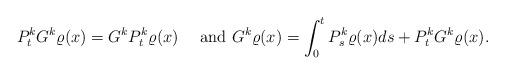
LaTeX: \begin{align*}P_t^kG^k\varrho(x)= G^kP_t^k\varrho(x)\quad\mbox{ and }G^k\varrho(x)=\int_0^tP_s^k\varrho(x) ds+ P_t^kG^k\varrho(x).\end{align*}